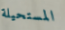
المستحيلة